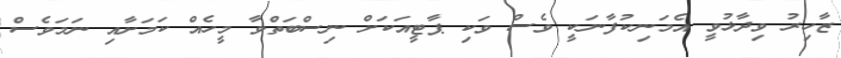
ޒާހިރު ވިދާޅުވީ އެމަނިކުފާނަކީ ވެސް ވަކި ޕާޓީއަކަށް ނިސްބަތްވާ މީހެއް ކަމަށާއި ނަމަވެސް